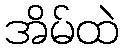
အိမ်ထဲ